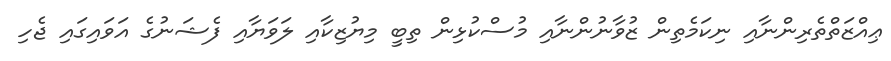
ޢިއްޒަތްތެރިންނާއި ނިކަމެތިން ޒުވާނުންނާއި މުސްކުޅިން ތިބީ މިޔުޒިކާއި ލަވަޔާއި ފެޝަނުގެ އަވައިގައި ޖެހި